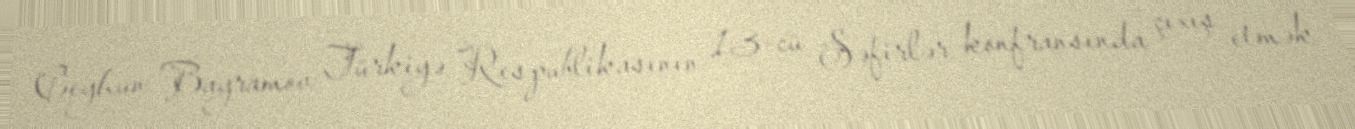
Ceyhun Bayramov Türkiyə Respublikasının 13-cü Səfirlər konfransında çıxış etmək